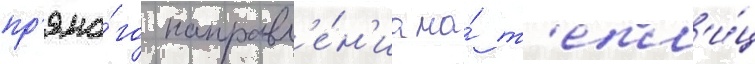
пр'ямо́го направл'е́н'иа на́ т'епл'и́ц